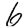
Digit: 6